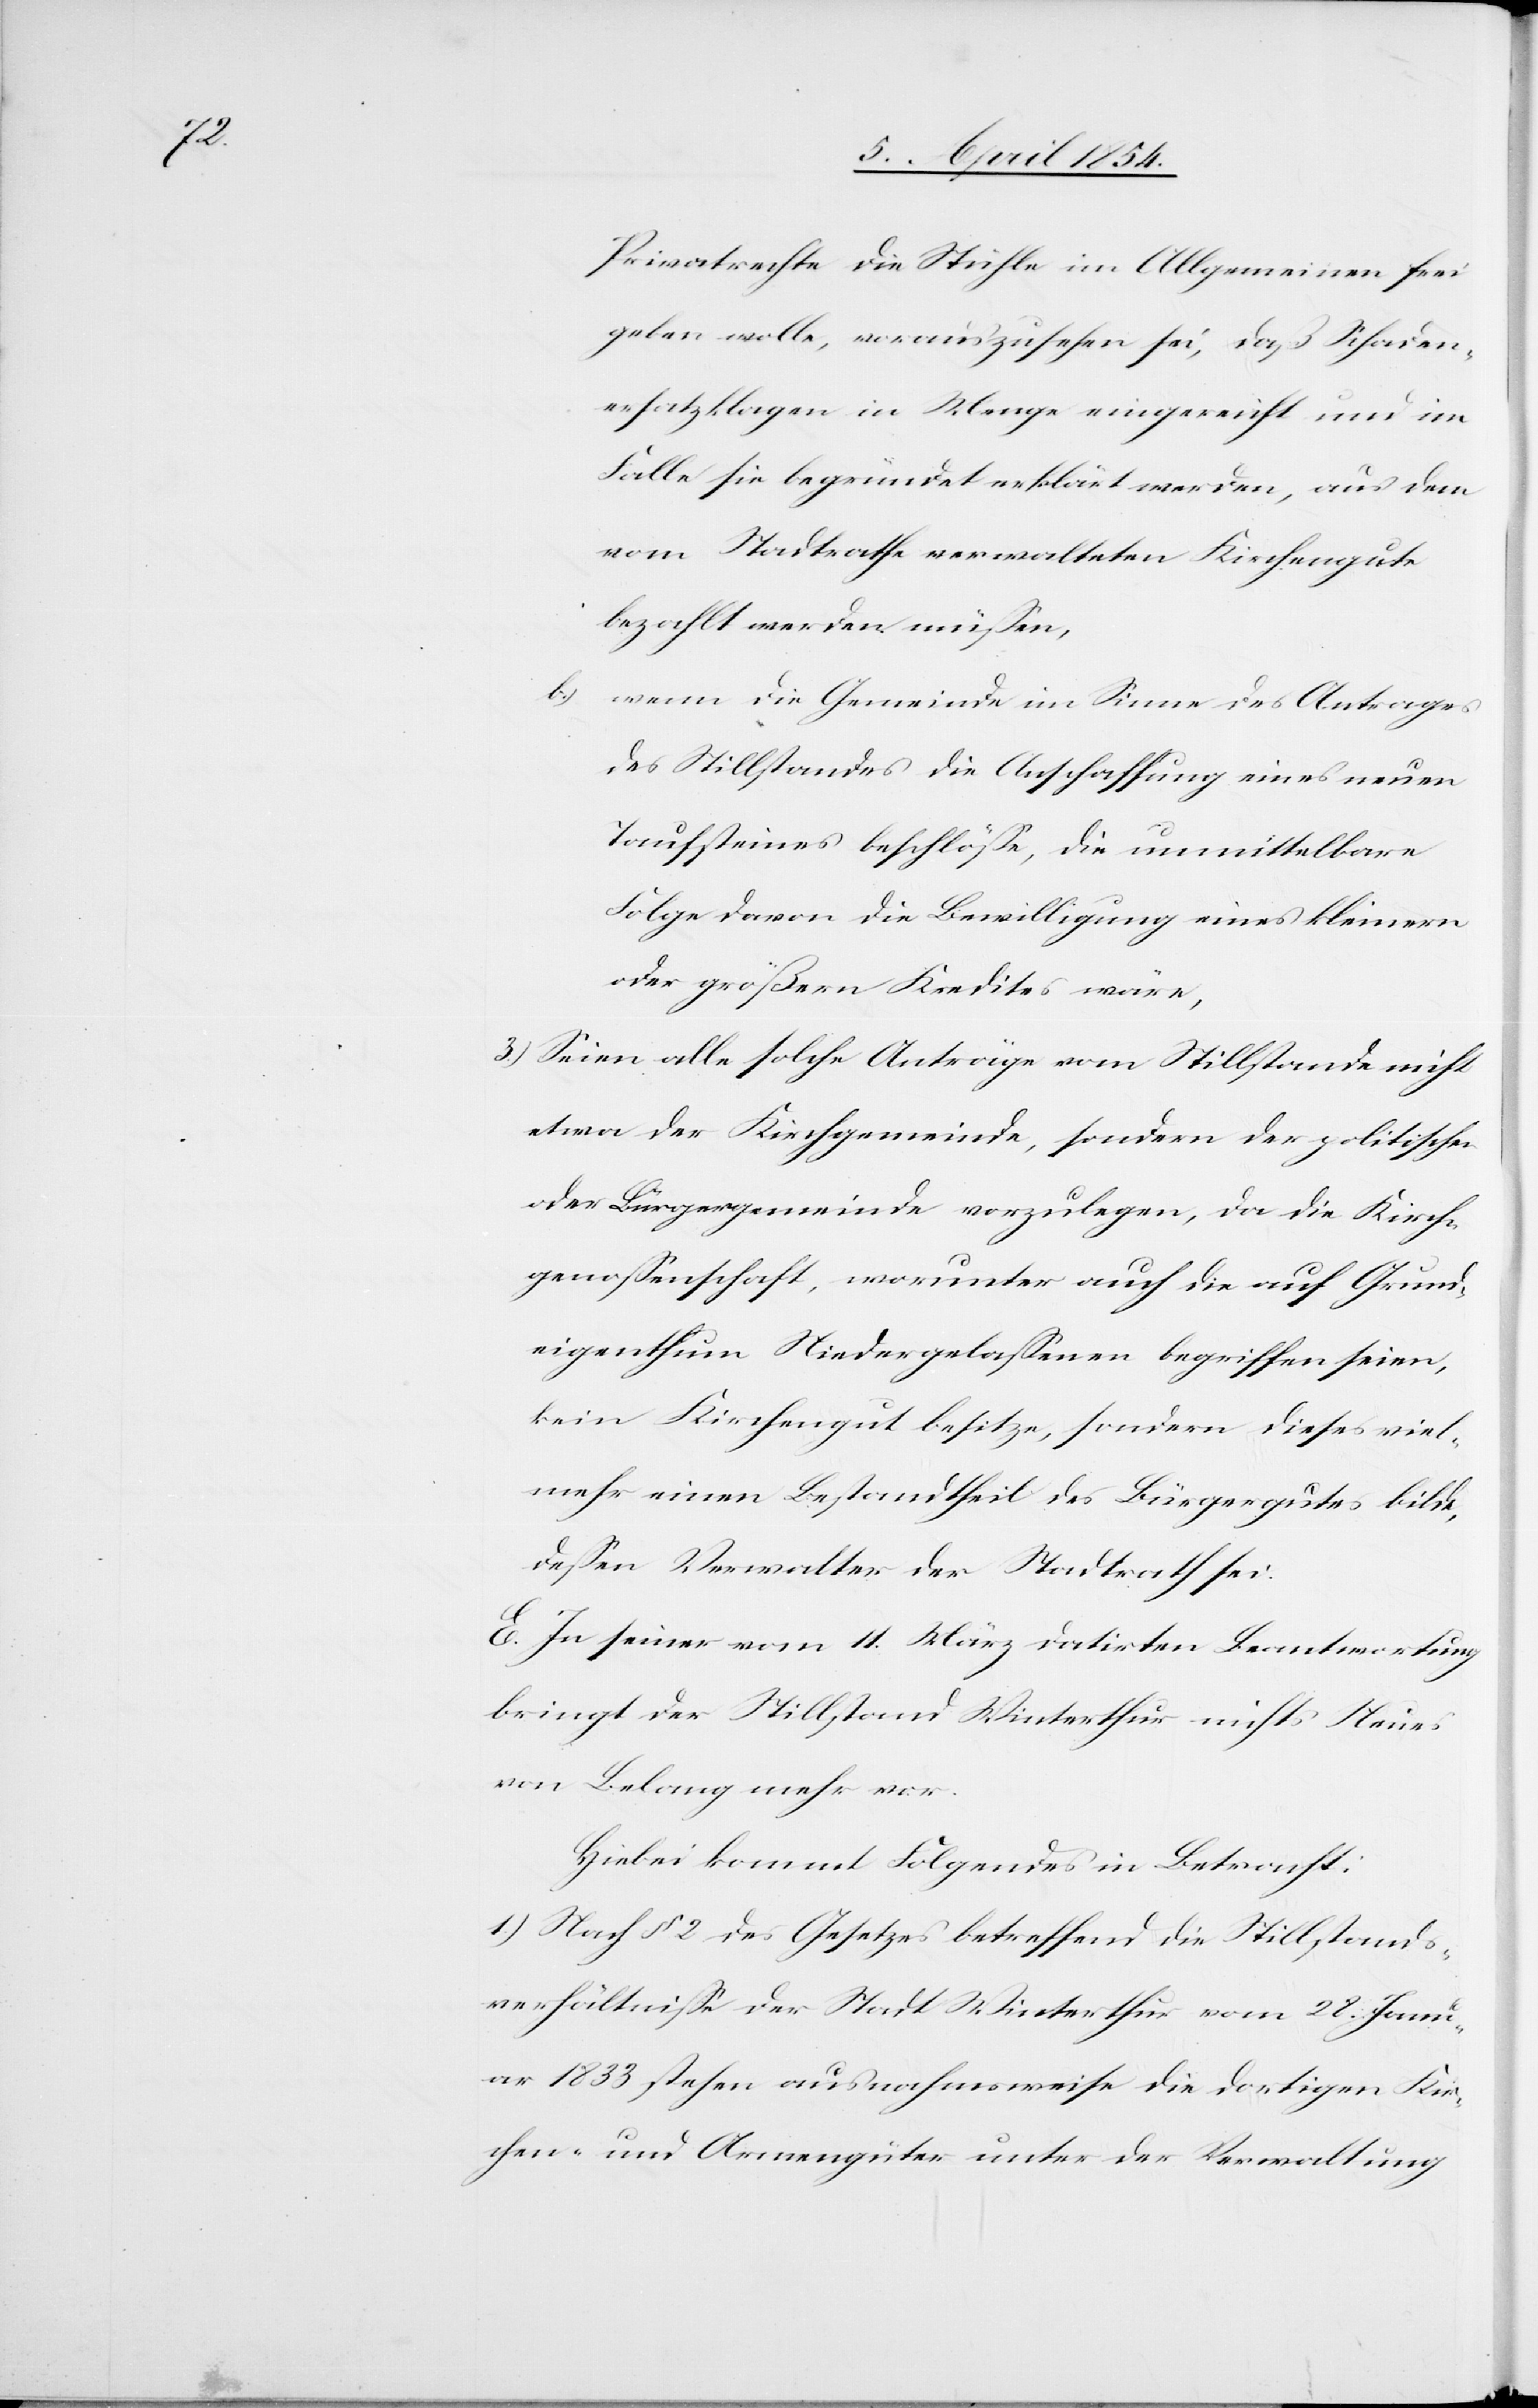
Privatreche die Stühle im Allgemeinen frei
geben wolle, vorauszusehen sei, daß Schaden¬
ersatzklagen in Menge eingereicht und im
Falle sie begründet erklärt werden, aus dem
vom Stadtrathe verwaltenden Kirchengute
bezahlt werden müßen,
b.)
wenn die Gemeinde im Sinne des Antrages
des Stillstandes die Anschaffung eines neuen
Taufsteines beschlößen, die unmittelbare
Folge davon die Bewilligung eines kleinern
oder größern Kredites wäre,
3.) Seien alle solche Anträge vom Stillstande nicht
etwa der Kirchgemeinde, sondern der politischen
oder Bürgergemeinde vorzulegen, da die Kirch¬
genoßenschaft, worunter auch die auf Grund¬
eigenthum Niedergelaßenen begriffen seien,
kein Kirchengut besitze, sondern dieses viel¬
mehr einen Bestandtheil des Bürgergutes bilde,
deßen Verwalter der Stadtrath sei.
E. In seiner vom 11. März datirten Beantwortung
bringt der Stillstand Winterthur nichts Neues
von Belang mehr vor.
Hiebei kommt Folgendes in Betracht:
1.) Nach § 2 des Gesetzes betreffend die Stillstands¬
verhältniße der Stadt Winterthur vom 28. Janu¬
ar 1833 stehen ausnahmsweise die dortigen Kir¬
chen- und Armengüter unter der Verwaltung